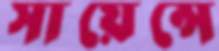
সায়েন্সে